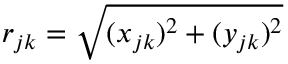
r _ { j k } = \sqrt { ( x _ { j k } ) ^ { 2 } + ( y _ { j k } ) ^ { 2 } }